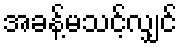
အခန့်မသင့်လျှင်